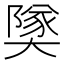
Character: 𪥡